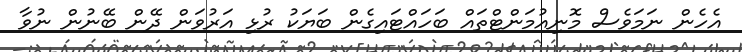
އެހެން ނަމަވެސް މޮނިއުމަންޓްތައް ބަހައްޓައިގެން ބަޔަކު ރުޅި އަރުވަން ދޭން ބޭނުން ނުވާ